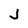
Character: J